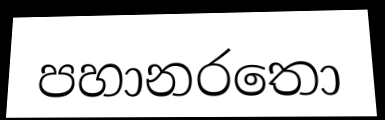
පහානරතො